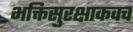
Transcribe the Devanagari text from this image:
भक्तिसुरक्षाकवच